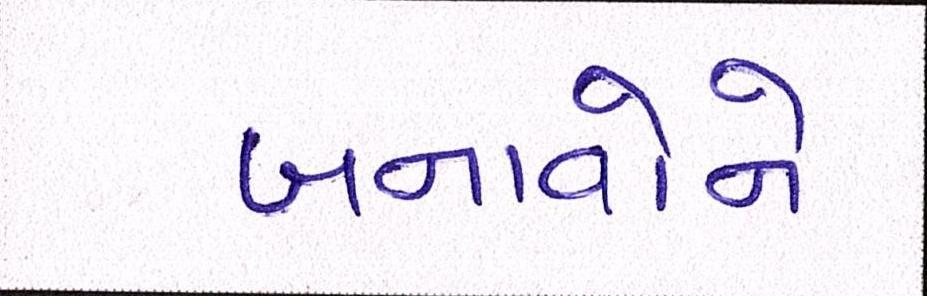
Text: બનાવોને